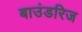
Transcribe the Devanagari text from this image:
बाउंडरिज